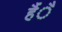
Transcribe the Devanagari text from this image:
हैंै